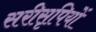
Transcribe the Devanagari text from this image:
सरीसृपियों